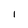
Character: I